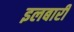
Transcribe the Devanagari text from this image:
इलबारी